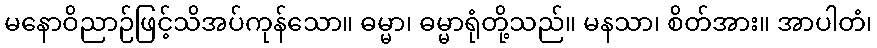
မနောဝိညာဉ်ဖြင့်သိအပ်ကုန်သော။ ဓမ္မာ၊ ဓမ္မာရုံတို့သည်။ မနသာ၊ စိတ်အား။ အာပါတံ၊